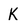
Character: K